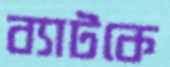
ব্যাটকে